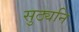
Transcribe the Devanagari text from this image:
सुठ्यनि